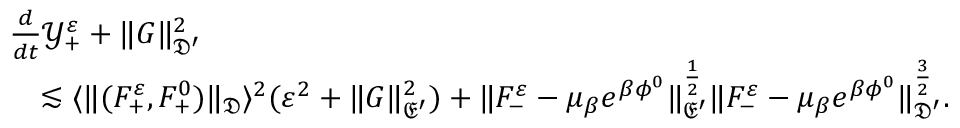
\begin{array} { r l } & { \frac { d } { d t } \mathscr Y _ { + } ^ { \varepsilon } + \| G \| _ { \mathfrak D ^ { \prime } } ^ { 2 } } \\ & { \quad \lesssim \langle \| ( F _ { + } ^ { \varepsilon } , F _ { + } ^ { 0 } ) \| _ { \mathfrak D } \rangle ^ { 2 } ( \varepsilon ^ { 2 } + \| G \| _ { \mathfrak E ^ { \prime } } ^ { 2 } ) + \| F _ { - } ^ { \varepsilon } - \mu _ { \beta } e ^ { \beta \phi ^ { 0 } } \| _ { \mathfrak E ^ { \prime } } ^ { \frac { 1 } { 2 } } \| F _ { - } ^ { \varepsilon } - \mu _ { \beta } e ^ { \beta \phi ^ { 0 } } \| _ { \mathfrak D ^ { \prime } } ^ { \frac { 3 } { 2 } } . } \end{array}